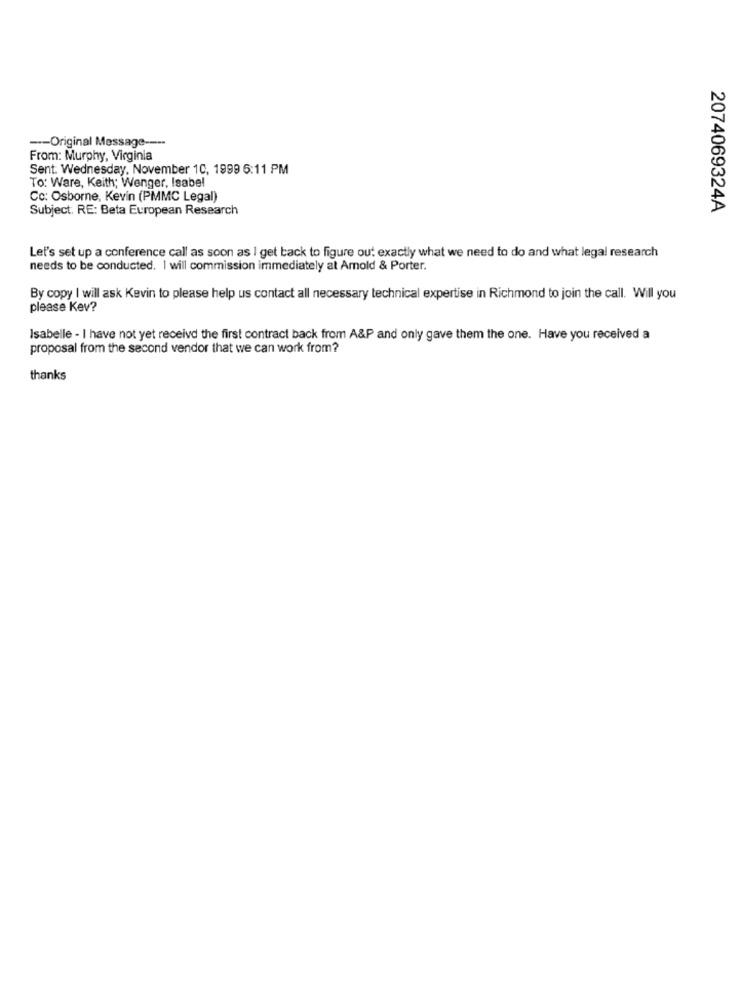
-- Original Message --
From: Murphy, Virginia
Sent: Wednesday, November 1C, 1999 6:11 PM
To: Ware, Keith; Wenger, Isabel
Co: Osborne, Kevin (PMMC Legal)
Subject: RE: Beta European Research
2074069324A
Let's set up a conference call as soon as I get back to figure out exactly what we need to do and what legal research
needs to be conducted. I will commission immediately at Amold & Porter.
By copy I will ask Kevin to please help us contact all necessary technical expertise in Richmond to join the call. Will you
please Kev?
Isabelle - I have not yet receivd the first contract back from A&P and only gave them the one. Have you received a
proposal from the second vendor that we can work from?
thanks